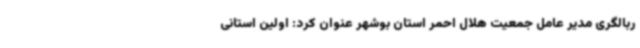
ربالگری مدیر عامل جمعیت هلال احمر استان بوشهر عنوان کرد: اولین استانی